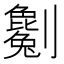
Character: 𠠥